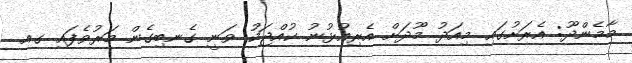
މާމެންދޫ: އެރަށުގައި މިއަދު މޫދަށް އެރިއުޅުނު ކުއްޖަކު ވަނީ ގެނބިގެން މަރުވެފައި ގއ.